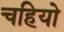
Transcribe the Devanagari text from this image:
चहियो